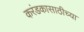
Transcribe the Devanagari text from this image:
करंडकासाठीच्या